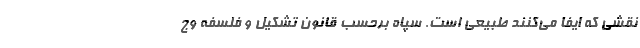
نقشی که ایفا می‌کنند طبیعی است. سپاه برحسب قانون تشکیل و فلسفه وج